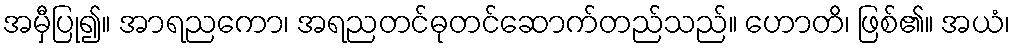
အမှီပြု၍။ အာရညကော၊ အရညတင်ဓုတင်ဆောက်တည်သည်။ ဟောတိ၊ ဖြစ်၏။ အယံ၊